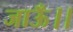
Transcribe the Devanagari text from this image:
जाऊँ।।